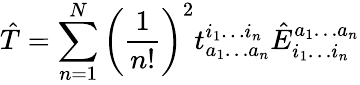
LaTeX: \hat{T}=\sum_{n=1}^{N}\left(\frac{1}{n!}\right)^{2}t_{a_{1}\ldots a_{n}}^{i_{1}\ldots i_{n}}\hat{E}_{i_{1}\ldots i_{n}}^{a_{1}\ldots a_{n}}